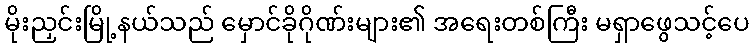
မိုးညှင်းမြို့နယ်သည် မှောင်ခိုဂိုဏ်းများ၏ အရေးတစ်ကြီး မရှာဖွေသင့်ပေ